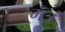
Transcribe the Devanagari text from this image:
मत्रं